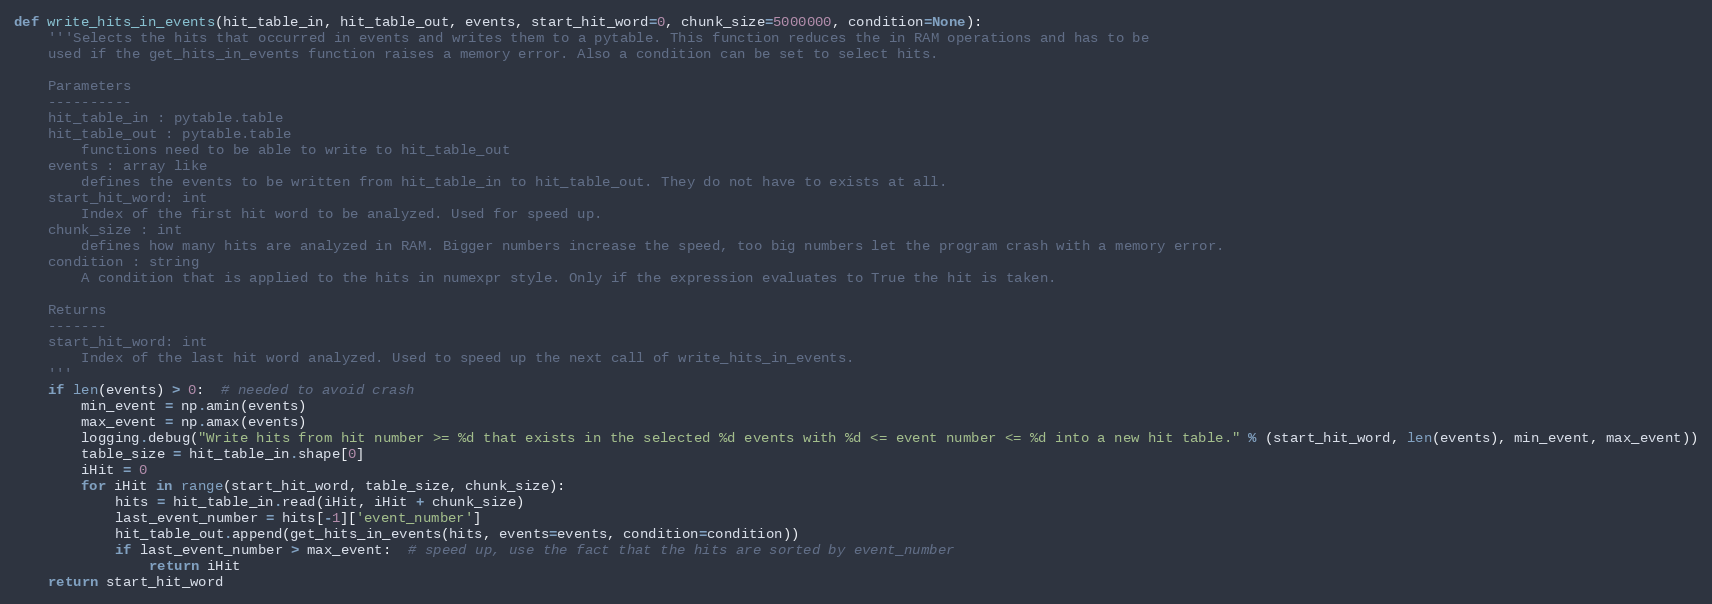
Language: Python
def write_hits_in_events(hit_table_in, hit_table_out, events, start_hit_word=0, chunk_size=5000000, condition=None):
    '''Selects the hits that occurred in events and writes them to a pytable. This function reduces the in RAM operations and has to be
    used if the get_hits_in_events function raises a memory error. Also a condition can be set to select hits.

    Parameters
    ----------
    hit_table_in : pytable.table
    hit_table_out : pytable.table
        functions need to be able to write to hit_table_out
    events : array like
        defines the events to be written from hit_table_in to hit_table_out. They do not have to exists at all.
    start_hit_word: int
        Index of the first hit word to be analyzed. Used for speed up.
    chunk_size : int
        defines how many hits are analyzed in RAM. Bigger numbers increase the speed, too big numbers let the program crash with a memory error.
    condition : string
        A condition that is applied to the hits in numexpr style. Only if the expression evaluates to True the hit is taken.

    Returns
    -------
    start_hit_word: int
        Index of the last hit word analyzed. Used to speed up the next call of write_hits_in_events.
    '''
    if len(events) > 0:  # needed to avoid crash
        min_event = np.amin(events)
        max_event = np.amax(events)
        logging.debug("Write hits from hit number >= %d that exists in the selected %d events with %d <= event number <= %d into a new hit table." % (start_hit_word, len(events), min_event, max_event))
        table_size = hit_table_in.shape[0]
        iHit = 0
        for iHit in range(start_hit_word, table_size, chunk_size):
            hits = hit_table_in.read(iHit, iHit + chunk_size)
            last_event_number = hits[-1]['event_number']
            hit_table_out.append(get_hits_in_events(hits, events=events, condition=condition))
            if last_event_number > max_event:  # speed up, use the fact that the hits are sorted by event_number
                return iHit
    return start_hit_word